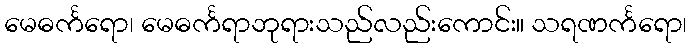
မေဓင်္ကရော၊ မေဓင်္ကရာဘုရားသည်လည်းကောင်း။ သရဏင်္ကရော၊